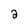
Character: 2